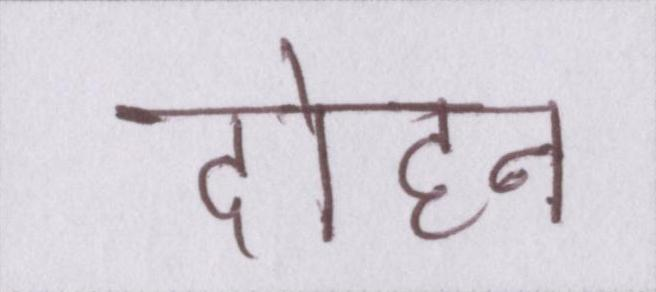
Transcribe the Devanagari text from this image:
दोहन